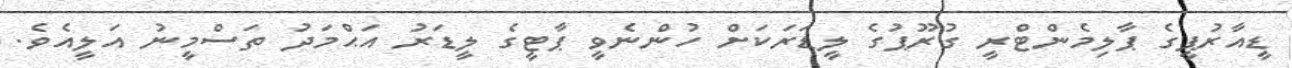
ޑީއާރުޕީގެ ޕާލިމެންޓްރީ ގުރޫޕުގެ ލީޑަރަކަށް ހުންނެވީ ޕާޓީގެ ލީޑަރު އަޙްމަދު ތަސްމީނު އަލީއެވެ.